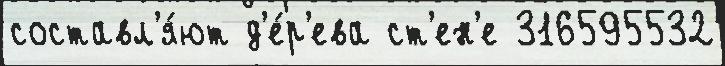
составл'я́ют д'е́р'ева ст'ен'е 316595532